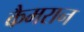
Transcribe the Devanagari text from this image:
कैमरान